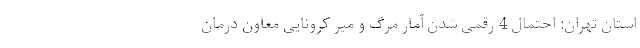
استان تهران: احتمال 4 رقمی شدن آمار مرگ ‌و میر کرونایی معاون درمان